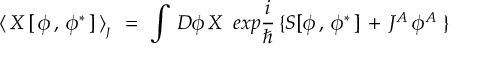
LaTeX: \langle \, X \, [ \, \phi \, , \, \phi ^ { \ast } \, ] \, \rangle _ { _ J } \, \, = \, \, \int \, { \cal D } \phi \, X \, \, \, e x p { \frac { i } { \hbar } } \, \{ S [ \phi \, , \, \phi ^ { \ast } \, ] \, + \, J ^ { A } \, \phi ^ { A } \, \, \}